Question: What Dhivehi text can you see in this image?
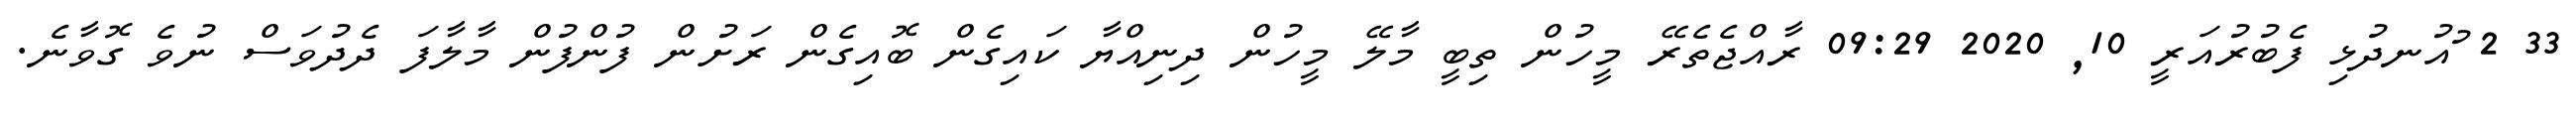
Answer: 33 2 ުއުނދުޅި ފެބުރުއަރީ 10, 2020 09:29 ރާއްޖެތެރޭ މީހުން ތިބީ މާލޭ މީހުން ދިނިއްޔާ ކައިގެން ބޮއިގެން ރަށުން ފުންފުން މާލާފަ ދެދުވަސް ނުވެ ގޮވާނެ.